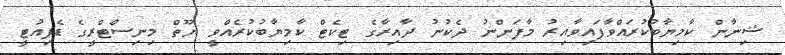
ޝިނާން ކާމިޔާބުކުރައްވާފައިވާއިރު މާފަންނު ދެކުނު ދާއިރާގެ ޓިކެޓް ކާމިޔާބުކުރެއްވީ ޔޫތް މިނިސްޓްރީގެ ޑެޕިއުޓީ